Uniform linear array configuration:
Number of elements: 8
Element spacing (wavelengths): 0.75
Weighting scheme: hamming
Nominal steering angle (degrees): -15
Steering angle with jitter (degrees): -16.259
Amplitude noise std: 0.05
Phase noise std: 0.05

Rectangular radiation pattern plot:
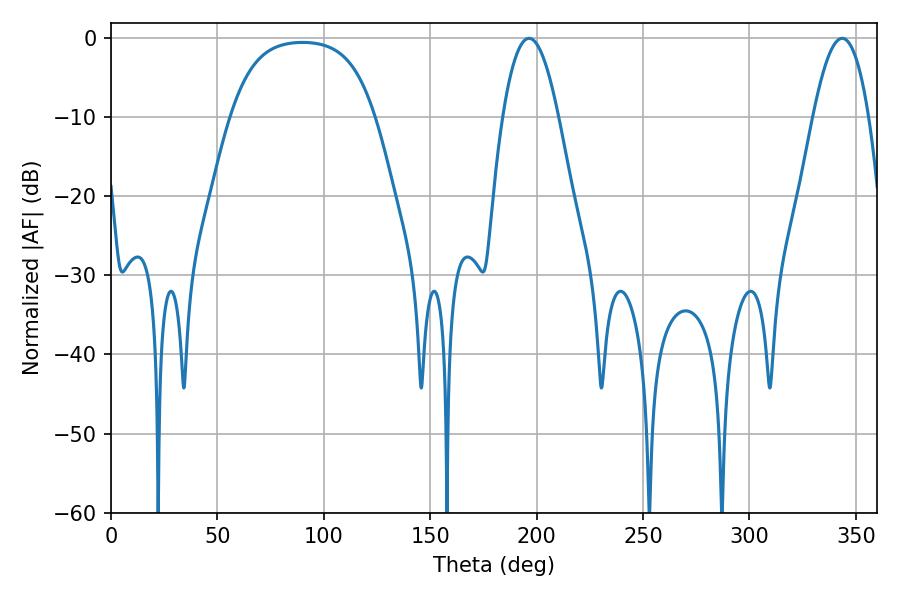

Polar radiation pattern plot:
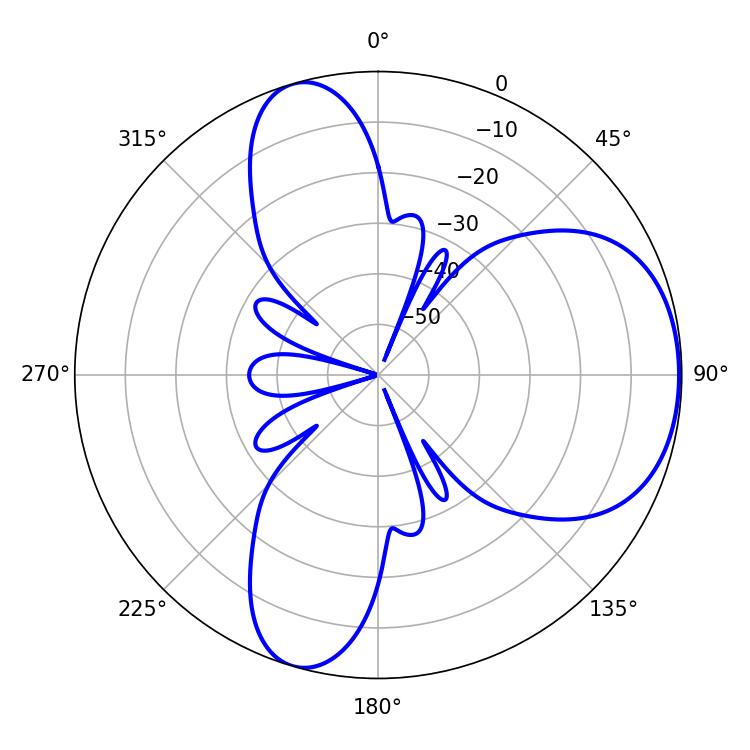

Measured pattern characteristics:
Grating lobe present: TRUE
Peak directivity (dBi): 5.738
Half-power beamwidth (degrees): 14.22
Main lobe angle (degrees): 196.38